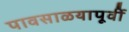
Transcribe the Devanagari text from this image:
पावसाळयापूर्वी